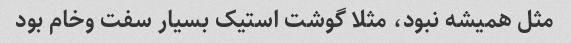
مثل همیشه نبود، مثلا گوشت استیک بسیار سفت و‌خام بود